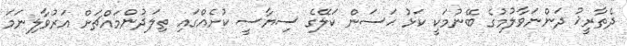
ދެތާރީޚު ދަންނަވާލުމުގެ ބޭނުމަކީ ކަޅު ޙަސަން ކަލޭގެ ސިޔާސީ ކުށެއްގައި ތިލަދުންމައްޗަށް އަރުވާލިނަމަ